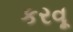
કરવૂ